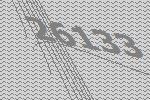
26133